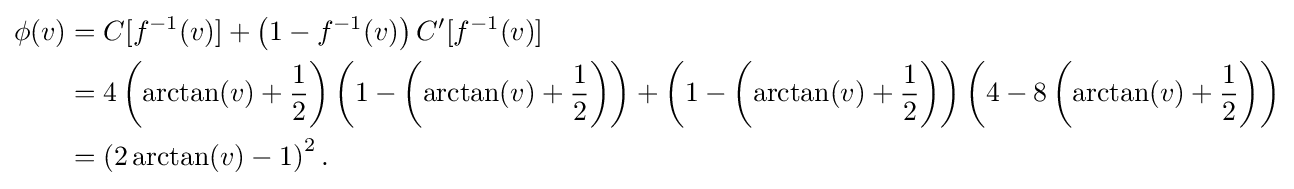
{\begin{aligned}\phi (v)&=C[f^{-1}(v)]+\left(1-f^{-1}(v)\right)C'[f^{-1}(v)]\\&=4\left(\arctan(v)+{\frac {1}{2}}\right)\left(1-\left(\arctan(v)+{\frac {1}{2}}\right)\right)+\left(1-\left(\arctan(v)+{\frac {1}{2}}\right)\right)\left(4-8\left(\arctan(v)+{\frac {1}{2}}\right)\right)\\&=\left(2\arctan(v)-1\right)^{2}.\end{aligned}}